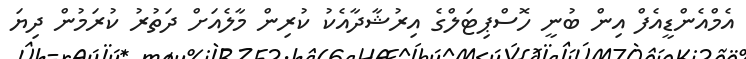
އެމްއެންޑީއެފް އިން ބުނީ ހޮސްޕިޓަލްގެ އިރުޝާދާއެކު ކުރިން މާލެއަށް ދަތުރު ކުރަމުން ދިޔަ